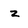
Character: z